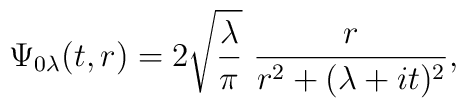
\Psi_{0\lambda}(t,r) = 2\sqrt{\frac{\lambda}{\pi}}\ \frac{r}{r^2 +  (\lambda + it)^2},